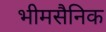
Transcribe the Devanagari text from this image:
भीमसैनिक